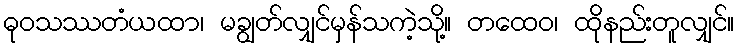
ဓုဝသဿတံယထာ၊ မချွတ်လျှင်မှန်သကဲ့သို့။ တထေဝ၊ ထိုနည်းတူလျှင်။